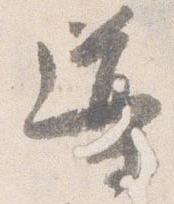
導